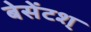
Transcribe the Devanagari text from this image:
बेसेंटश्